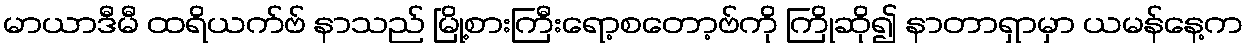
မာယာဒီမီ ထရိယက်ဗ် နာသည် မြို့စားကြီးရော့စတော့ဗ်ကို ကြိုဆို၍ နာတာရှာမှာ ယမန်နေ့က